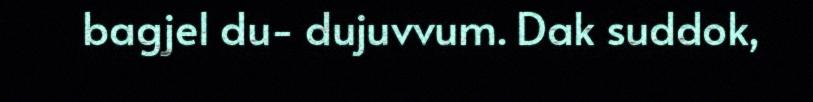
bagjel du- dujuvvum. Dak suddok,